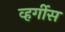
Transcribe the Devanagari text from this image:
व्हर्गीस